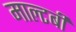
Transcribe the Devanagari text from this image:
माल्टबी